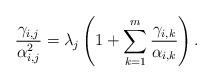
LaTeX: \begin{align*}\frac{\gamma_{i,j}}{\alpha^2_{i,j}} = \lambda_j\left(1 + \sum_{k=1}^{m}\frac{\gamma_{i,k}}{\alpha_{i,k}}\right).\end{align*}